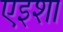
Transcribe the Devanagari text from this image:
एइशा